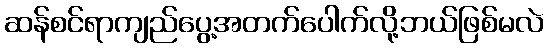
ဆန်စင်ရာကျည်ပွေ့အတက်ပေါက်လို့ဘယ်ဖြစ်မလဲ